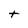
Character: t